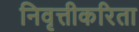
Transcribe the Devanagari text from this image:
निवृत्तीकरिता